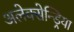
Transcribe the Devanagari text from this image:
अलेक्सेन्ड्रिया